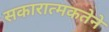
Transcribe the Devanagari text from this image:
सकारात्मकतेने